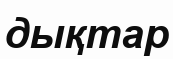
дықтар